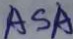
A S A